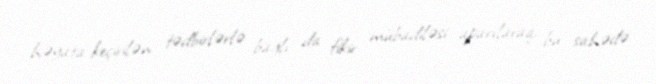
həyata keçirilən tədbirlərlə bağlı da fikir mübadiləsi aparılaraq, bu sahədə